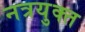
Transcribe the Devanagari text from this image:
नत्रयुक्त